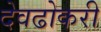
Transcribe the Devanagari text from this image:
देवढोकरी